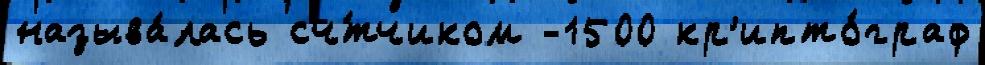
называ́лась сч́тчиком -1500 кр'ипто́граф